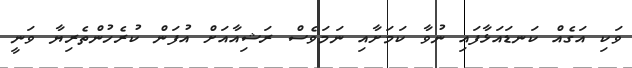
ވަކި އަގެއް ކަނޑައަޅާފައި ނުވާ ކަމަށާއި ނަމަވެސް ރަޝިއާއަށް އުފަން ކުރެހުންތެރިޔާ ވަނީ